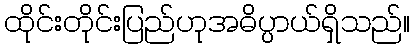
ထိုင်းတိုင်းပြည်ဟုအဓိပ္ပာယ်ရှိသည်။